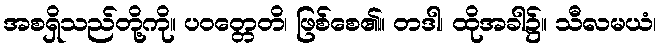
အစရှိသည်တို့ကို။ ပဝတ္တေတိ၊ ဖြစ်စေ၏။ တဒါ၊ ထိုအခါ၌။ သီလမယံ၊